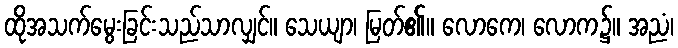
ထိုအသက်မွေးခြင်းသည်သာလျှင်။ သေယျာ၊ မြတ်၏။ လောကေ၊ လောက၌။ အညံ၊